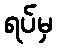
ရပ်မှ